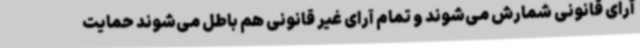
آرای قانونی شمارش می‌شوند و تمام آرای غیر قانونی هم باطل می‌شوند حمایت